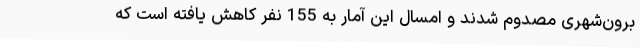
برون‌شهری مصدوم شدند و امسال این آمار به 155 نفر کاهش یافته است که